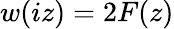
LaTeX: w(iz)=2F(z)